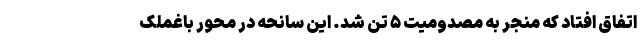
اتفاق افتاد که منجر به مصدومیت ۵ تَن شد. این سانحه در محور باغملک